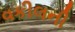
વકીલની